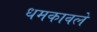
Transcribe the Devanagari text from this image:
धमकावले